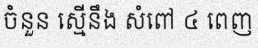
ចំនួន ស្មើនឹង សំពៅ ៤ ពេញ